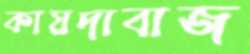
কায়দাবাজ